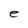
Character: e